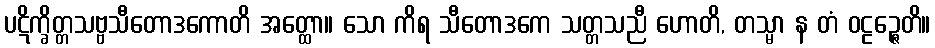
ပဋိက္ခိတ္တသဗ္ဗသီတောဒကောတိ အတ္ထော။ သော ကိရ သီတောဒကေ သတ္တသညီ ဟောတိ, တသ္မာ န တံ ဝဠဉ္ဇေတိ။